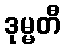
ဒုမ္မတီ